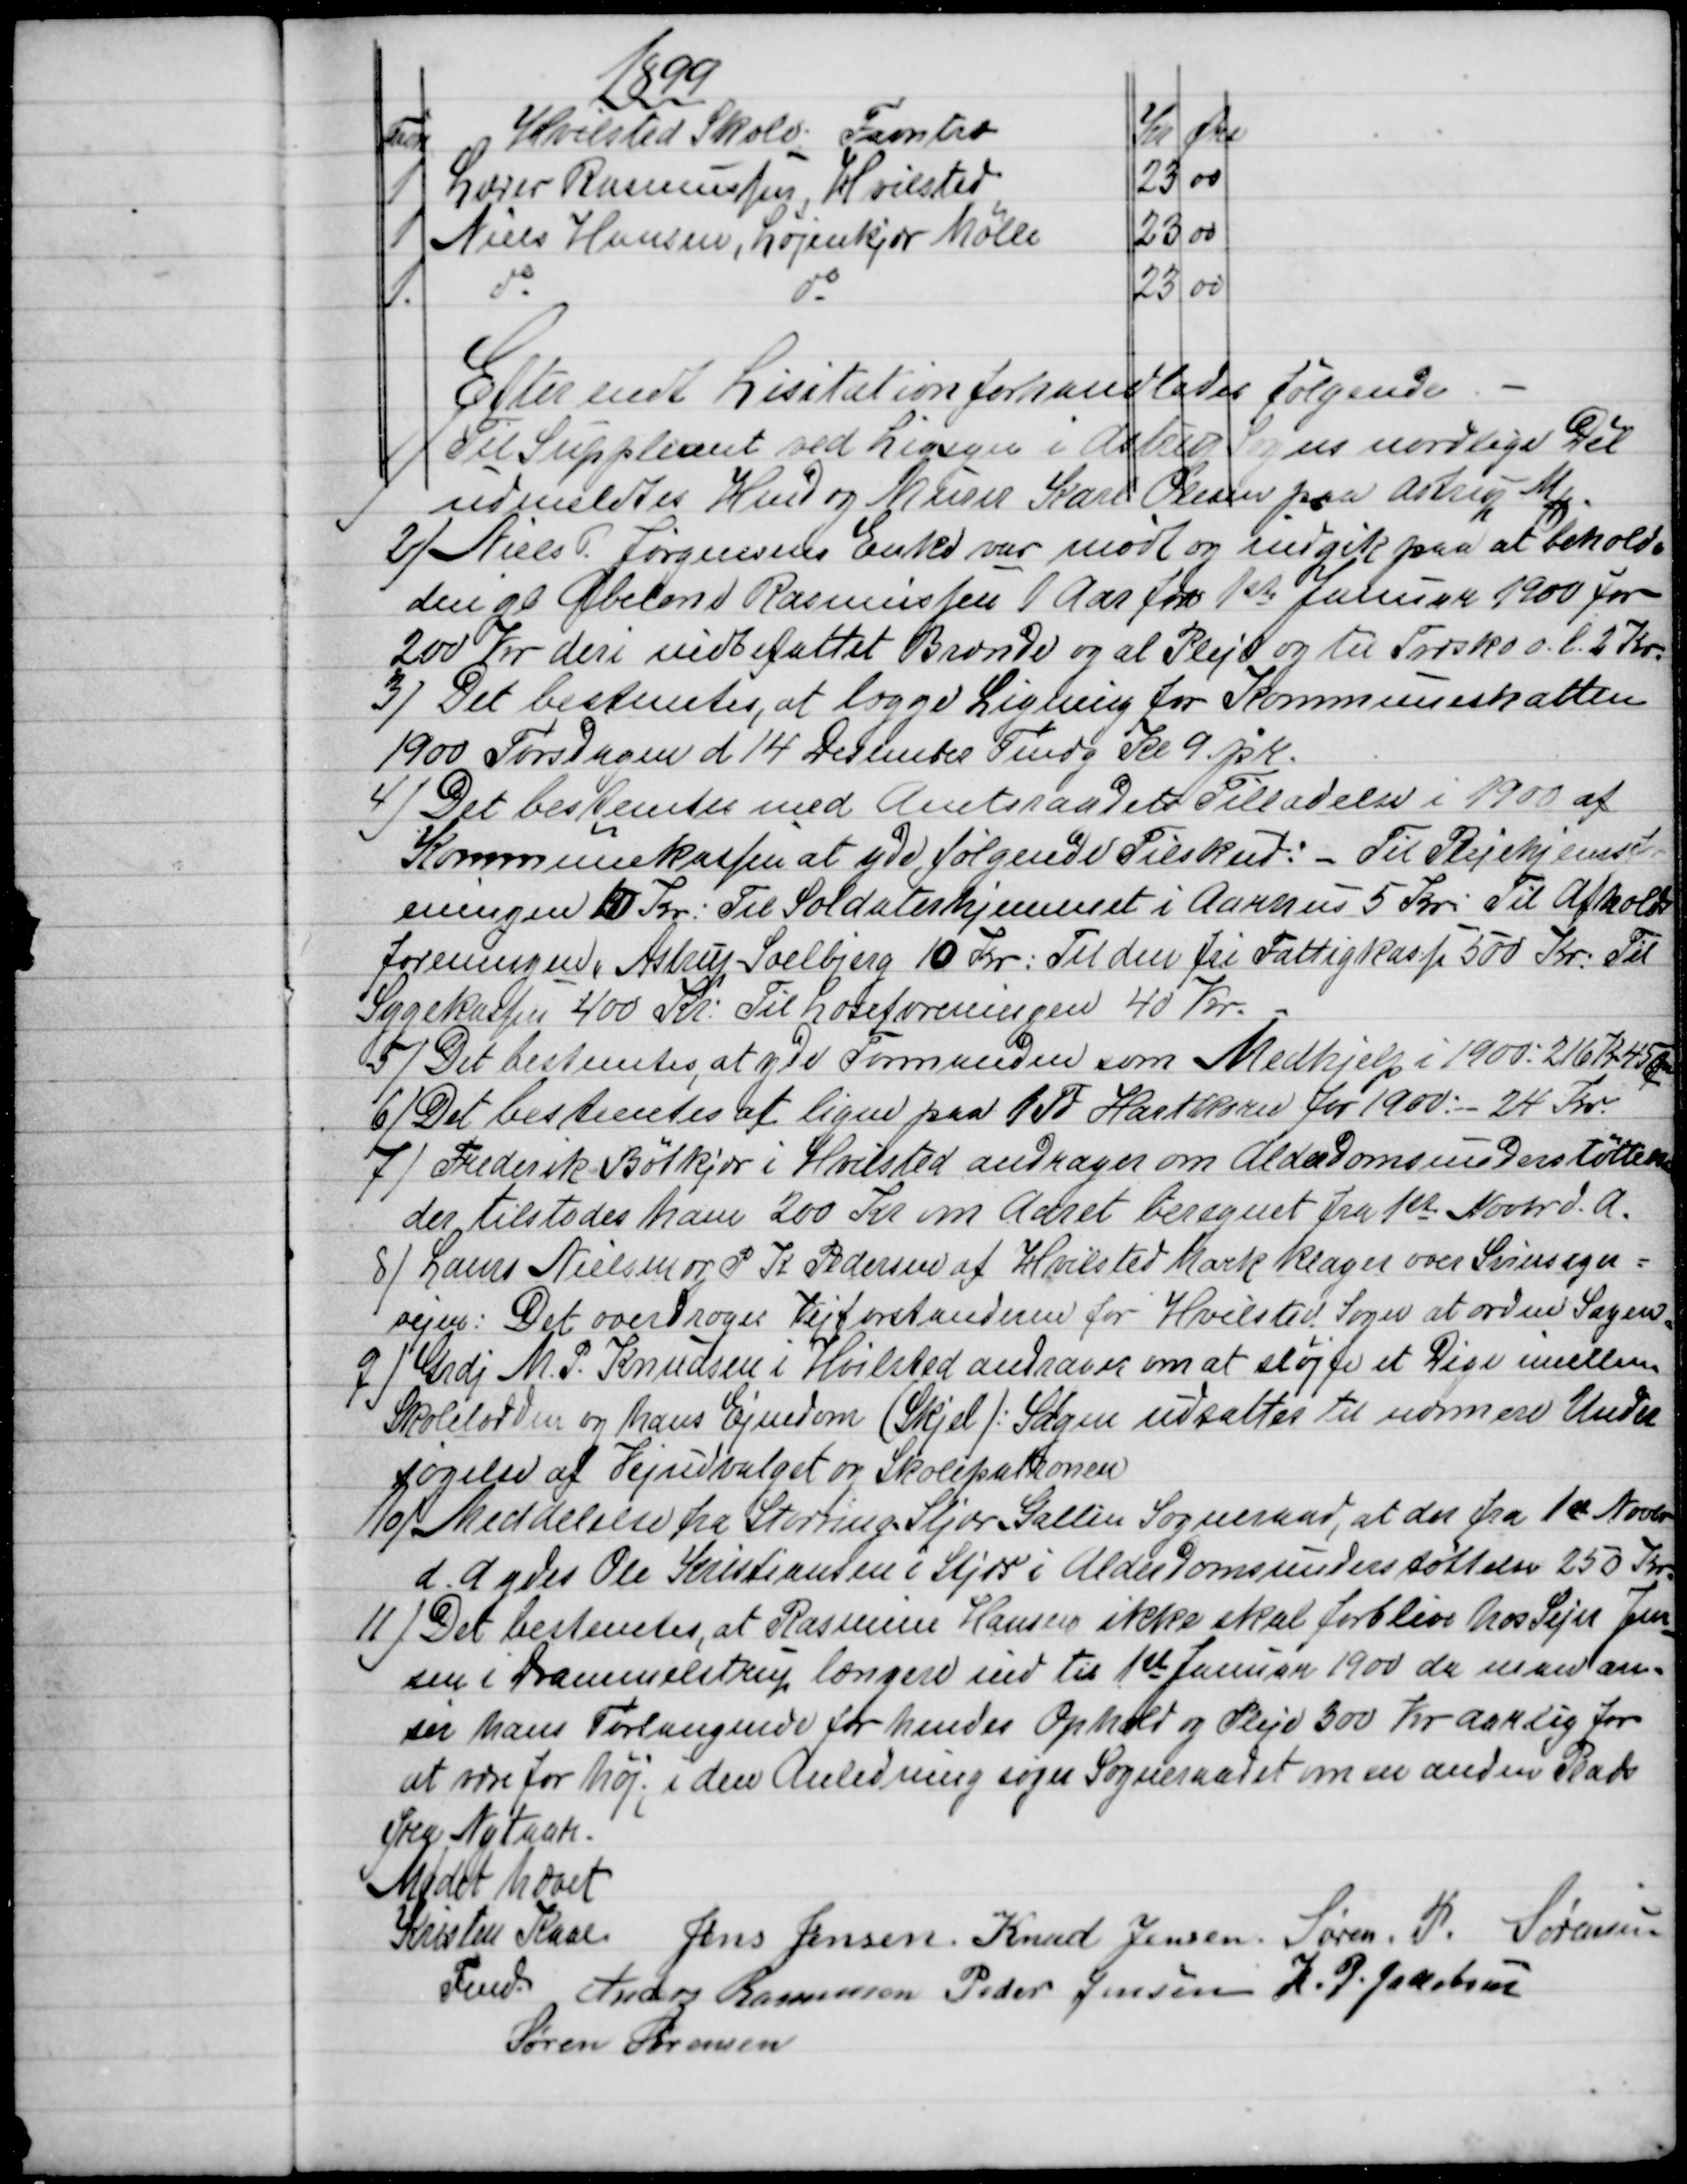
Transskription:
1899
Favn
Hvilsted Skole, Favntræ
Kr
Øre
1
Lærer Rasmussen, Hvilsted
23
00
1
Niels Hansen, Løjenkjær Mølle
23
00
1
do 
do
23
00
Efter endt Lisitation forhandledes følgende
1)
Til Suppliant ved Ligsyn i Astrup Sogns nordlige Dél
udmeldtes Hmd og Murer Karl Olesen paa Astrup Mk
2)
Niels P. Jørgensens Enke var mødt og indgik paa at beholde
den gl Abelone Rasmussen 1 Aar fra 1ste Januar 1900 for
200 Kr deri indbefattet Brænde og al Pleje og til Træsko o. l. 2 Kr.
3)
Det bestemtes, at lægge Ligning for Kommuneskatten
1900 Torsdagen d 14 December Fmdg Kl. 9. prc.
4)
Det bestemtes med Amtsraadets Tilladelse i 1900 af
Kommunekassen at yde følgende Tilskud: - Til Plejehjems-
foreningen 10 Kr. Til Soldaterhjemmet i Aarhus 5 Kr. Til Afholds-
foreningen, Astrup Soelbjerg 10 Kr: Til den fri Fattigkasse 500 Kr. Til
Sygekassen 400 Kr: Til Læseforeningen 40 Kr.
5)
Det bestemtes, at yde Formanden som Medhjelp i 1900: 216 Kr 45 Øre.
6)
Det bestemtes at ligne paa 1 Td Hartkorn for 1900: - 24 Kr.
7)
Frederik Bøtkjær i Hvilsted andrager om Alderdomsunderstøttelse
der tilstodes ham 200 Kr om Aaret beregnet fra 1ste Novbr d. A.
8)
Laurs Nielsen og P. K. Pedersen af Hvilsted Mark klager over Svinsager=
vejen: Det overdroges Vejforstanderen for Hvilsted Sogn at ordne Sagen.
9)
Grdj M. P. Knudsen i Hvilsted andrager om at sløjfe et Dige mellem
Skolelodden og hans Ejendom (Skjel): Sagen udsattes til nærmere Under-
søgelse af Vejudvalget og Skolepatronen
10)
Meddelelse fra Storring Stjær Galten Sogneraad, at det fra 1st Novbr
d. A. ydes Ole Kristiansen i Stjær i Alderdomsunderstøttelse 250 Kr.
11)
Det bestemtes, at Rasmine Hansen ikke skal forblive hos Sejer Jen-
sen i Drammelstrup længere end til 1st Januar 1900 da man an-
ser hans Forlangende for hendes Ophold og Pleje 300 Kr Aarlig for
at være for høj; i den Anledning søger Sogneraadet om en anden Plads
fra Nytaar.
Mødet hævet
Kristen Kaae  
Fmd.   
Jens Jensen  Knud Jensen  Søren. P. Sørensen
Anders Rasmussen  Peder Jensen  K. P. Jakobsen
Søren Sørensen